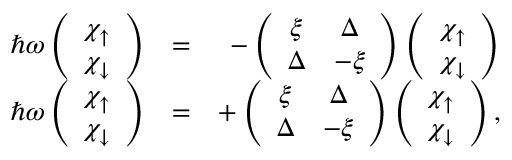
\begin{array} { r l r } { \hbar \omega \left( \begin{array} { c } { \chi _ { \uparrow } } \\ { \chi _ { \downarrow } } \end{array} \right) } & { = } & { - \left( \begin{array} { c c } { \xi } & { \Delta } \\ { \Delta } & { - \xi } \end{array} \right) \left( \begin{array} { c } { \chi _ { \uparrow } } \\ { \chi _ { \downarrow } } \end{array} \right) } \\ { \hbar \omega \left( \begin{array} { c } { \chi _ { \uparrow } } \\ { \chi _ { \downarrow } } \end{array} \right) } & { = } & { + \left( \begin{array} { c c } { \xi } & { \Delta } \\ { \Delta } & { - \xi } \end{array} \right) \left( \begin{array} { c } { \chi _ { \uparrow } } \\ { \chi _ { \downarrow } } \end{array} \right) , } \end{array}